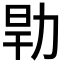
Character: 𰕹